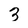
Character: 3